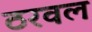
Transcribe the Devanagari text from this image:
ठरवल